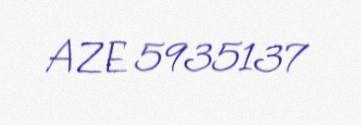
AZE 5935137